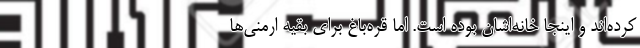
کرده‌اند و اینجا خانه‌اشان بوده است. اما قره‌باغ برای بقیه ارمنی‌ها